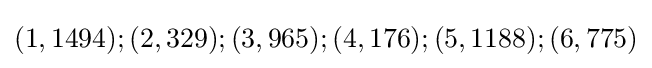
(1,1494);(2,329);(3,965);(4,176);(5,1188);(6,775)